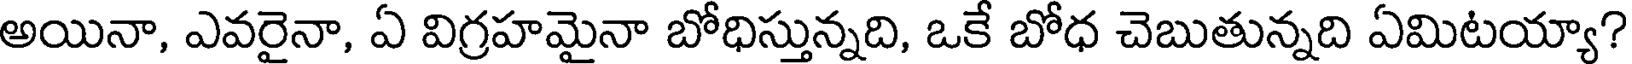
అయినా, ఎవరైనా, ఏ విగ్రహమైనా బోధిస్తున్నది, ఒకే బోధ చెబుతున్నది ఏమిటయ్యా?